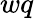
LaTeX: wq